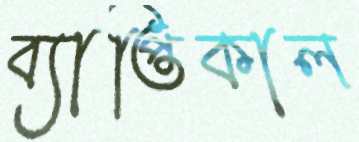
ব্যাপ্তিকাল